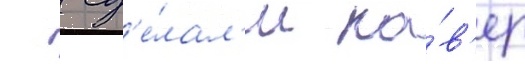
  сд'е́лал'и ка́в'ер